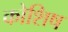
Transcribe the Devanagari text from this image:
कोशिष